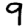
Digit: 9